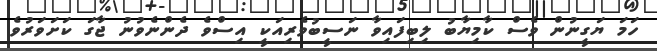
ހަމަ ޔަގީނުން ވެސް ކާމިޔާބު ލިބިފައިވާ ނަސީބުވެރިއަކީ އިސްވެ ދެންނެވުނު ޖާގަ ކަށަވަރުވެ